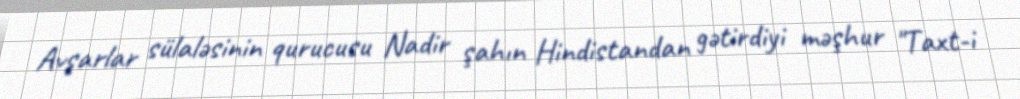
Avşarlar sülaləsinin qurucusu Nadir şahın Hindistandan gətirdiyi məşhur "Taxt-i